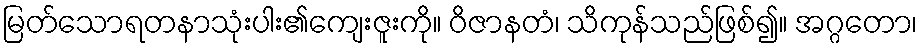
မြတ်သောရတနာသုံးပါး၏ကျေးဇူးကို။ ဝိဇာနတံ၊ သိကုန်သည်ဖြစ်၍။ အဂ္ဂတော၊